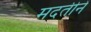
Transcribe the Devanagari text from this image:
मदतीनें